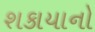
શકાયાનો